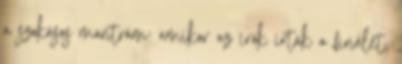
a szokásos mantrám: amikor az írók írták a finálét,